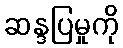
ဆန္ဒပြမှုကို